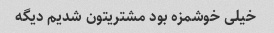
خیلی خوشمزه بود مشتریتون شدیم دیگه